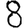
Digit: 8